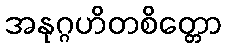
အနုဂ္ဂဟိတစိတ္တော